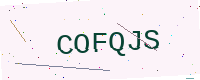
Text: COFQJS